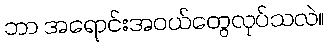
ဘာ အရောင်းအဝယ်တွေလုပ်သလဲ။